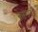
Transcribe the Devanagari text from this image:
येसगांव